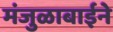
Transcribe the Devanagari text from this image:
मंजुळाबाईने